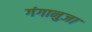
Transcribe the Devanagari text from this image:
गंगानुजा